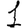
Digit: 1